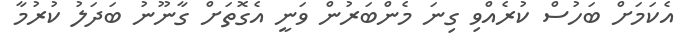
އެކަމަށް ބަހުސް ކުރެއްވި ގިނަ މެންބަރުން ވަނީ އެގޮތަށް ގާނޫނު ބަދަލު ކުރުމާ